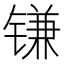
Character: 𰾮